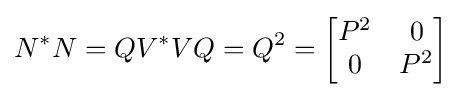
N^{*}N=QV^{*}VQ=Q^{2}={\begin{bmatrix}P^{2}&0\\0&P^{2}\end{bmatrix}}